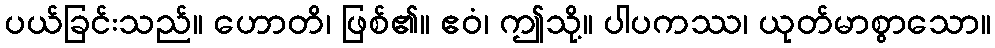
ပယ်ခြင်းသည်။ ဟောတိ၊ ဖြစ်၏။ ဧဝံ၊ ဤသို့။ ပါပကဿ၊ ယုတ်မာစွာသော။